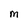
Character: M